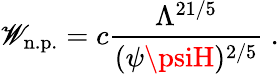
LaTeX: \mathscr{W}_{\mathrm{{n.p.}}}=c\frac{{\Lambda^{21/5}}}{{(\psi\psiH)^{2/5}}}\ .